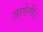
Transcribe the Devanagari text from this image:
जाऐगी।